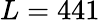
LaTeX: L=441